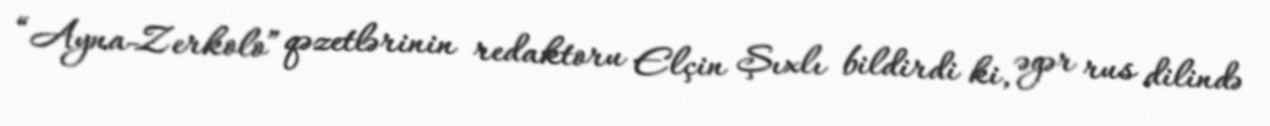
“Ayna-Zerkolo” qəzetlərinin redaktoru Elçin Şıxlı bildirdi ki, əgər rus dilində